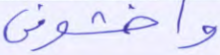
واخشوني